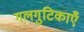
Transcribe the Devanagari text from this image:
गलगुटिकाएँ